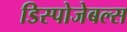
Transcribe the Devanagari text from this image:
डिस्पोजेबल्स